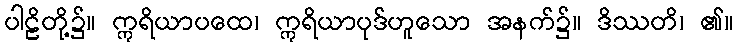
ပါဠိတို့၌။ ဣရိယာပထေ၊ ဣရိယာပုဒ်ဟူသော အနက်၌။ ဒိဿတိ၊ ၏။